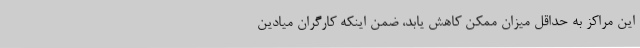
این مراکز به حداقل میزان ممکن کاهش یابد، ضمن اینکه کارگران میادین